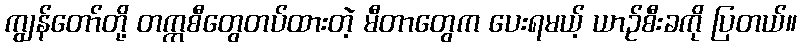
ကျွန်တော်တို့ တက္ကစီတွေတပ်ထားတဲ့ မီတာတွေက ပေးရမယ့် ယာဉ်စီးခကို ပြတယ်။